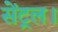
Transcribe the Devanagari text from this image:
सेंट्रल।